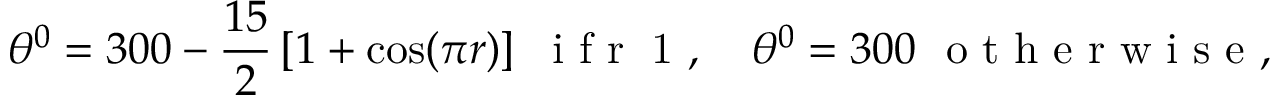
\theta ^ { 0 } = 3 0 0 - \frac { 1 5 } { 2 } \left[ 1 + \cos ( \pi r ) \right] ~ \textrm { i f r \leq 1 } , \quad \theta ^ { 0 } = 3 0 0 ~ \textrm { o t h e r w i s e } ,